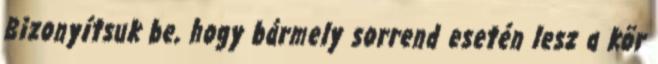
Bizonyítsuk be, hogy bármely sorrend esetén lesz a kör